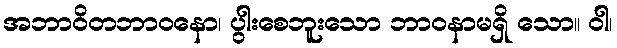
အဘာဝိတဘာဝနော၊ ပွါးစေဘူးသော ဘာဝနာမရှိ သော။ ဝါ၊